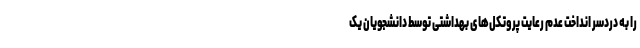
را به دردسر انداخت عدم رعایت پروتکل‌های بهداشتی توسط دانشجویان یک